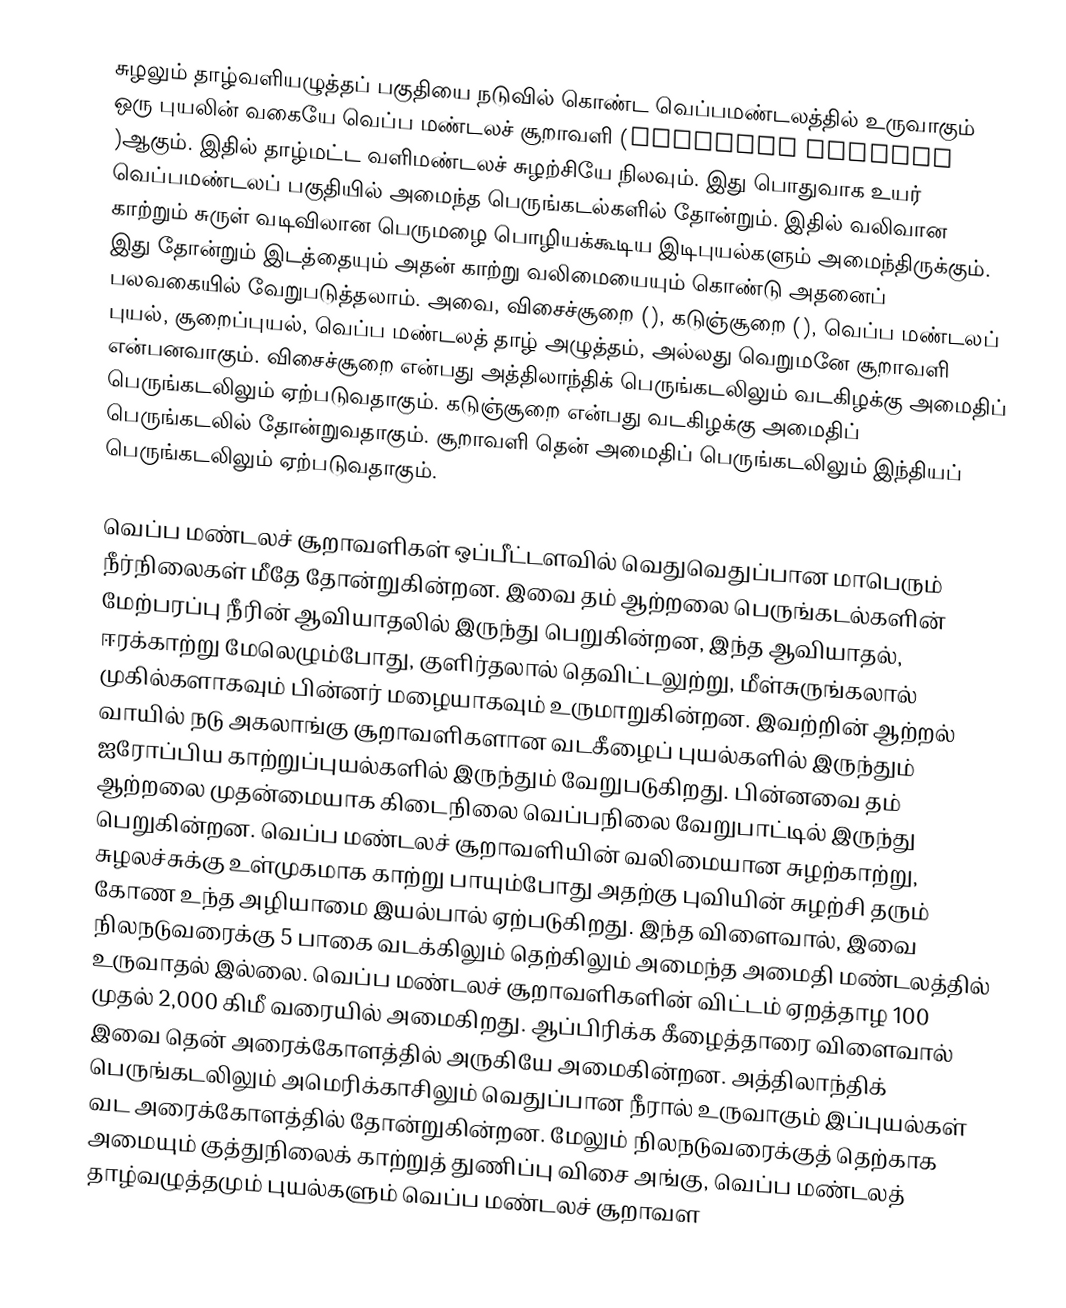
சுழலும் தாழ்வளியழுத்தப்   பகுதியை நடுவில் கொண்ட வெப்பமண்டலத்தில் உருவாகும் ஒரு புயலின் வகையே வெப்ப மண்டலச் சூறாவளி (Tropical Cyclone )ஆகும். இதில் தாழ்மட்ட வளிமண்டலச் சுழற்சியே நிலவும். இது பொதுவாக உயர் வெப்பமண்டலப் பகுதியில் அமைந்த பெருங்கடல்களில் தோன்றும். இதில் வலிவான காற்றும் சுருள் வடிவிலான பெருமழை பொழியக்கூடிய இடிபுயல்களும் அமைந்திருக்கும். இது தோன்றும் இடத்தையும் அதன் காற்று வலிமையையும் கொண்டு அதனைப் பலவகையில் வேறுபடுத்தலாம். அவை, விசைச்சூறை (), கடுஞ்சூறை (), வெப்ப மண்டலப் புயல், சூறைப்புயல், வெப்ப மண்டலத் தாழ் அழுத்தம், அல்லது வெறுமனே சூறாவளி என்பனவாகும். விசைச்சூறை என்பது அத்திலாந்திக் பெருங்கடலிலும் வடகிழக்கு அமைதிப் பெருங்கடலிலும் ஏற்படுவதாகும்.  கடுஞ்சூறை என்பது வடகிழக்கு அமைதிப் பெருங்கடலில் தோன்றுவதாகும்.  சூறாவளி தென் அமைதிப் பெருங்கடலிலும் இந்தியப் பெருங்கடலிலும் ஏற்படுவதாகும்.

வெப்ப மண்டலச் சூறாவளிகள் ஒப்பீட்டளவில் வெதுவெதுப்பான மாபெரும் நீர்நிலைகள் மீதே தோன்றுகின்றன. இவை தம் ஆற்றலை பெருங்கடல்களின் மேற்பரப்பு நீரின் ஆவியாதலில் இருந்து பெறுகின்றன, இந்த ஆவியாதல், ஈரக்காற்று மேலெழும்போது, குளிர்தலால் தெவிட்டலுற்று, மீள்சுருங்கலால் முகில்களாகவும் பின்னர் மழையாகவும் உருமாறுகின்றன. இவற்றின் ஆற்றல் வாயில் நடு அகலாங்கு சூறாவளிகளான வடகீழைப் புயல்களில் இருந்தும் ஐரோப்பிய காற்றுப்புயல்களில் இருந்தும் வேறுபடுகிறது.  பின்னவை தம் ஆற்றலை முதன்மையாக கிடைநிலை வெப்பநிலை வேறுபாட்டில் இருந்து பெறுகின்றன.  வெப்ப மண்டலச் சூறாவளியின் வலிமையான சுழற்காற்று, சுழலச்சுக்கு உள்முகமாக காற்று பாயும்போது அதற்கு புவியின் சுழற்சி தரும் கோண உந்த அழியாமை இயல்பால் ஏற்படுகிறது. இந்த விளைவால், இவை நிலநடுவரைக்கு 5 பாகை வடக்கிலும் தெற்கிலும் அமைந்த அமைதி மண்டலத்தில் உருவாதல் இல்லை. வெப்ப மண்டலச் சூறாவளிகளின் விட்டம் ஏறத்தாழ 100 முதல் 2,000 கிமீ வரையில் அமைகிறது. ஆப்பிரிக்க கீழைத்தாரை விளைவால் இவை தென் அரைக்கோளத்தில் அருகியே அமைகின்றன. அத்திலாந்திக் பெருங்கடலிலும் அமெரிக்காசிலும் வெதுப்பான நீரால் உருவாகும் இப்புயல்கள் வட அரைக்கோளத்தில் தோன்றுகின்றன. மேலும் நிலநடுவரைக்குத் தெற்காக அமையும் குத்துநிலைக் காற்றுத் துணிப்பு விசை அங்கு, வெப்ப மண்டலத் தாழ்வழுத்தமும் புயல்களும் வெப்ப மண்டலச் சூறாவள